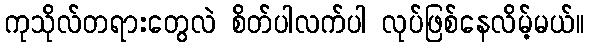
ကုသိုလ်တရားတွေလဲ စိတ်ပါလက်ပါ လုပ်ဖြစ်နေလိမ့်မယ်။